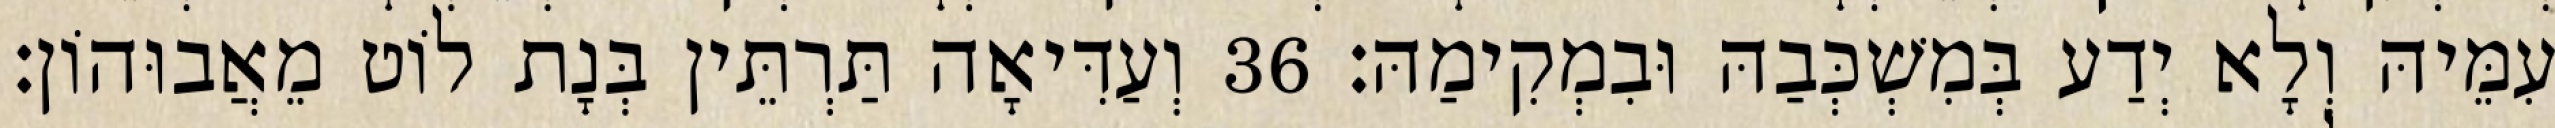
עִמֵּיהּ וְלָא יְדַע בְּמִשְׁכְּבַהּ וּבִמְקִימַהּ׃ 36 וְעַדִּיאָה תַּרְתֵּין בְּנָת לוֹט מֵאֲבוּהוֹן׃